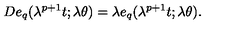
D e _ { q } ( \lambda ^ { p + 1 } t ; \lambda \theta ) = \lambda e _ { q } ( \lambda ^ { p + 1 } t ; \lambda \theta ) .